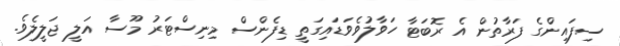
ސިފައިންގެ ފަރާތުން އެ ރޮބަޓާ ހަވާލުވެވަޑައިގަތީ ޑިފެންސް މިނިސްޓަރު މޫސާ އަލީ ޖަލީލެވެ.